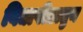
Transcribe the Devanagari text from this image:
विद्यापीठातुन